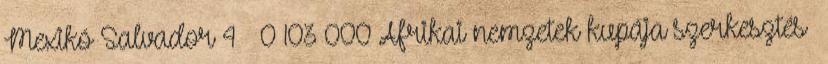
Mexikó–Salvador 4 – 0 103 000 Afrikai nemzetek kupája szerkesztés